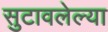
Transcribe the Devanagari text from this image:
सुटावलेल्या